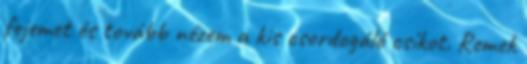
fejemet és tovább nézem a kis csordogáló csíkot. Remek